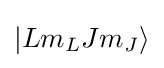
\vert Lm_{L}Jm_{J}\rangle